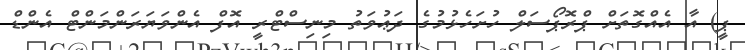
ޕީ) އާ އެއްގޮތަށް ޕްރޮޕޯސަލް ހުށަހެޅުމުގެ ދަޢުވަތު މިނިސްޓްރީ އޮފް އެންވަޔަރަންމަންޓް އެންޑް